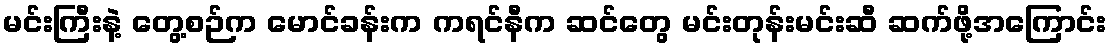
မင်းကြီးနဲ့ တွေ့စဉ်က မောင်ခန်းက ကရင်နီက ဆင်တွေ မင်းတုန်းမင်းဆီ ဆက်ဖို့အကြောင်း